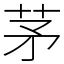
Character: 茅